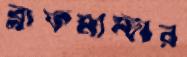
ব্লাফমাস্টার